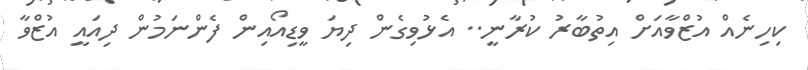
ކިހިނެއް އުޒްވާއަށް އިތުބާރު ކުރާނީ.. އެޅުވިގެން ދިޔަ ވީޑިއޯއިން ފެންނަމުން ދިއައީ އުޒްވާ